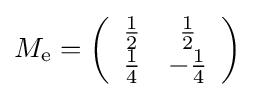
\textstyle M_{\mathrm {e} }=\left({\begin{array}{cc}{\frac {1}{2}}&{\frac {1}{2}}\\{\frac {1}{4}}&-{\frac {1}{4}}\end{array}}\right)